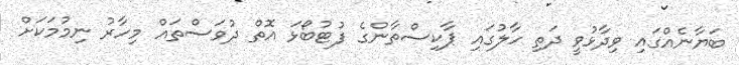
ބަޔާނެއްގައި ވިދާޅުވީ ދަތި ހާލުގައި ޕާކިސްތާންގެ ފުޓުބޯޅަ އޮތް ދުވަސްތައް މިހާރު ނިމުމަކަށް